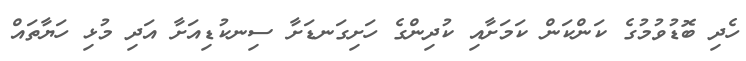
ހެދި ބޮޑުވުމުގެ ކަންކަން ކަމަށާއި ކުދިންގެ ހަށިގަނޑަށާ ސިނކުޑިއަށާ އަދި މުޅި ހަޔާތައް